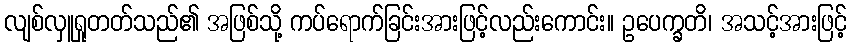
လျစ်လှူရှုတတ်သည်၏ အဖြစ်သို့ ကပ်ရောက်ခြင်းအားဖြင့်လည်းကောင်း။ ဥပေက္ခတိ၊ အသင့်အားဖြင့်